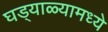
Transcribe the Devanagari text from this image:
घड्याळ्यामध्ये